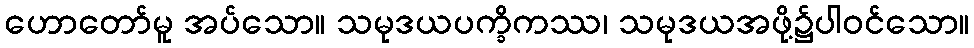
ဟောတော်မူ အပ်သော။ သမုဒယပက္ခိကဿ၊ သမုဒယအဖို့၌ပါဝင်သော။